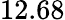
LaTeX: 12.68